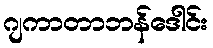
ဂျကာတာဘန်ဒေါင်း